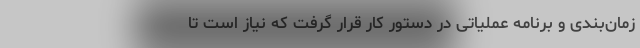
زمان‌بندی و برنامه عملیاتی در دستور کار قرار گرفت که نیاز است تا